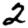
Digit: 2